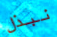
نبذل